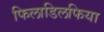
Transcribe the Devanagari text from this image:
फिलाडिलफिया